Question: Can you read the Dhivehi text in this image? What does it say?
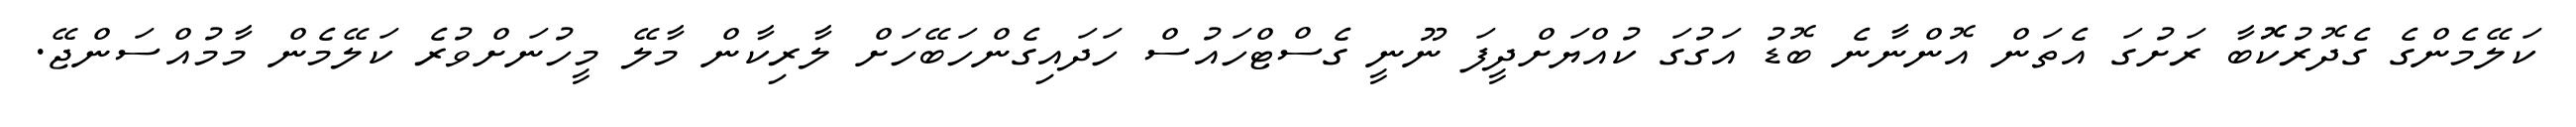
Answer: ކަލޭމެންގެ ގެދޮރުކޮޮބާ ރަށުގަ އެތަން އޮންނާނެ ބޮޑު އަގުގަ ކުއްޔަށްދީފަ ނޫނީ ގެސްޓްހައުސް ހަދައިގެންހަބޭހަށް ލާރިކާން މާލޭ މީހުނަށްވުރެ ކަލޭމެން މާމުއްސަންޖޭ.